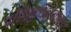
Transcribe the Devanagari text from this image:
परिस्थितजन्य